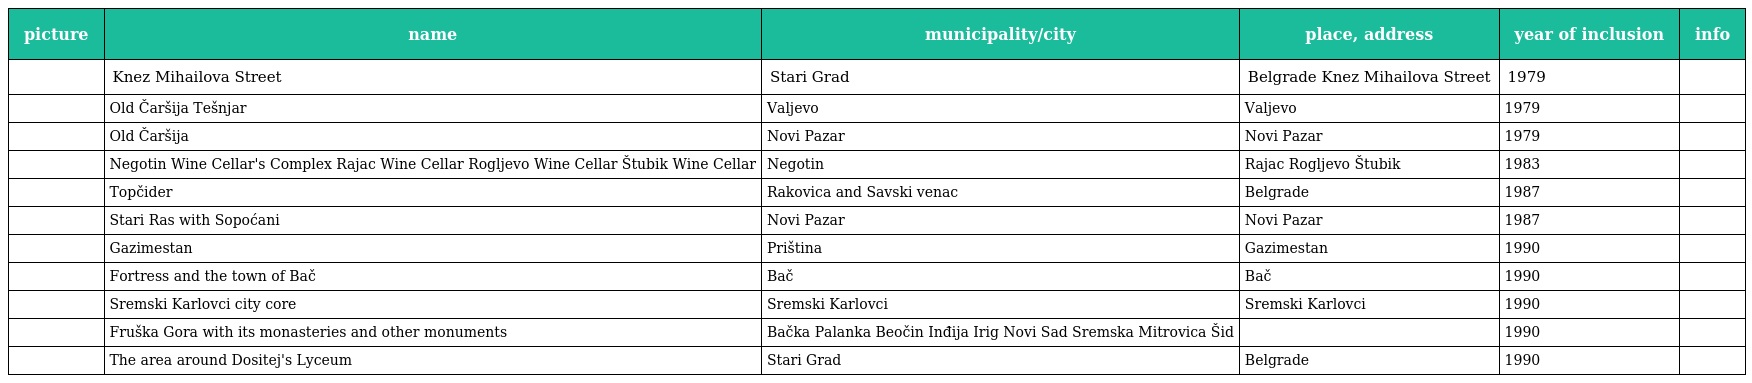
| picture | name | municipality/city | place, address | year of inclusion | info |
 | --- | --- | --- | --- | --- | --- |
 |  | Knez Mihailova Street | Stari Grad | Belgrade Knez Mihailova Street | 1979 |  |
 |  | Old Čaršija Tešnjar | Valjevo | Valjevo | 1979 |  |
 |  | Old Čaršija | Novi Pazar | Novi Pazar | 1979 |  |
 |  | Negotin Wine Cellar's Complex Rajac Wine Cellar Rogljevo Wine Cellar Štubik Wine Cellar | Negotin | Rajac Rogljevo Štubik | 1983 |  |
 |  | Topčider | Rakovica and Savski venac | Belgrade | 1987 |  |
 |  | Stari Ras with Sopoćani | Novi Pazar | Novi Pazar | 1987 |  |
 |  | Gazimestan | Priština | Gazimestan | 1990 |  |
 |  | Fortress and the town of Bač | Bač | Bač | 1990 |  |
 |  | Sremski Karlovci city core | Sremski Karlovci | Sremski Karlovci | 1990 |  |
 |  | Fruška Gora with its monasteries and other monuments | Bačka Palanka Beočin Inđija Irig Novi Sad Sremska Mitrovica Šid |  | 1990 |  |
 |  | The area around Dositej's Lyceum | Stari Grad | Belgrade | 1990 |  |